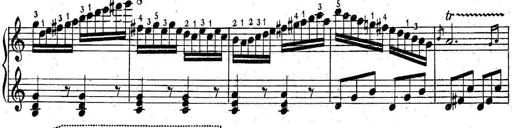
Title: 6 Easy Sonatinas
Composer: Carl Czerny